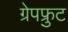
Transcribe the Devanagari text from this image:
ग्रेपफ्रुट